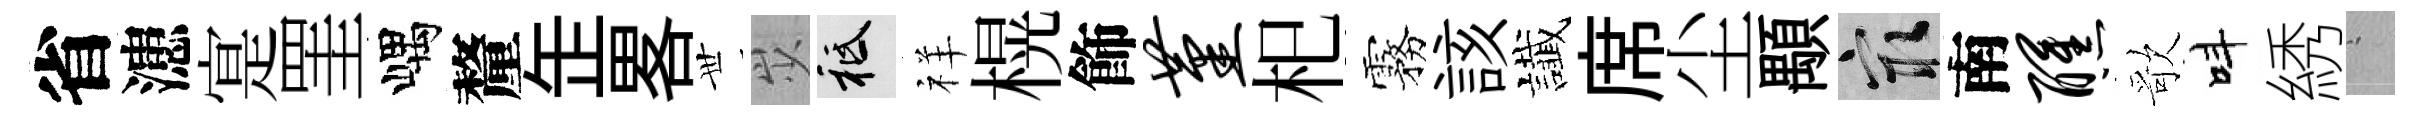
省漶寔罣嵎釐𦈢畧𠀍𡵯祇祥榥飾堇𣏌霧該䜟席尘顒冣南醺歌呌綉搖